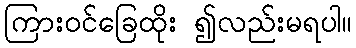
ကြားဝင်ခြေထိုး ၍လည်းမရပါ။